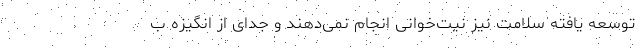
توسعه یافته سلامت نیز نیت‌خوانی انجام نمی‌دهند و جدای از انگیزه ب